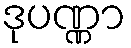
ဒုပဏ္ဏာ